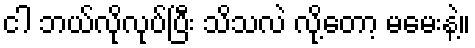
ငါ ဘယ်လိုလုပ်ပြီး သိသလဲ လို့တော့ မမေးနဲ့။